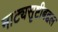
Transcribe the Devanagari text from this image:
नाट्यसृष्टीबद्दल